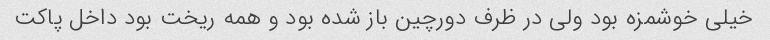
خیلی خوشمزه بود ولی در ظرف دورچین باز شده بود و همه ریخت بود داخل پاکت